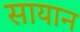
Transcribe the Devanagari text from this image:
सायान